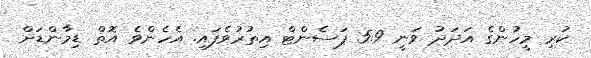
ކުރި މީހުންގެ އަދަދު ވަނީ 5.9 ޕަސެންޓް އިތުރުވެފައި. އެހެންވެ އޮތް ޑިމާންޑަށް